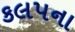
કલપના